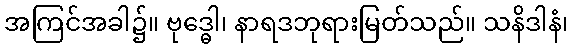
အကြင်အခါ၌။ ဗုဒ္ဓေါ၊ နာရဒဘုရားမြတ်သည်။ သနိဒါနံ၊